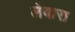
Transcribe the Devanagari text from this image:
लेबारा